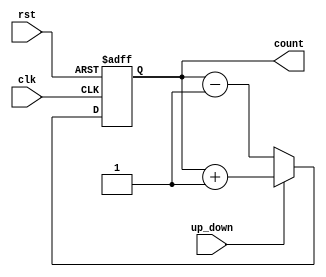
module UpDownCounter (
    input wire clk,
    input wire rst,
    input wire up_down,
    output reg [3:0] count
);

always @(posedge clk or posedge rst) begin
    if (rst) begin
        count <= 4'b0000; // Reset count value
    end else if (up_down) begin
        count <= count + 1; // Increment count if up_down is high
    end else begin
        count <= count - 1; // Decrement count if up_down is low
    end
end

endmodule